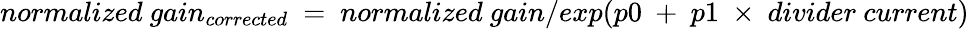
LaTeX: normalized~gain_{corrected}~=~normalized~gain/exp(p0~+~p1~\times~divider~current)